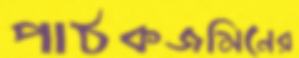
পাঠকজমিনের